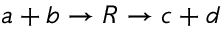
a + b \rightarrow R \rightarrow c + d